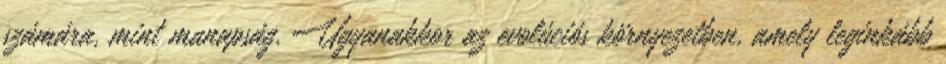
számára, mint manapság. Ugyanakkor az evolúciós környezetben, amely leginkább